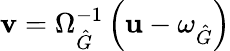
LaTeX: \mathbf{v}=\Omega_{\hat{G}}^{-1}\left(\mathbf{u}-\omega_{\hat{G}}\right)